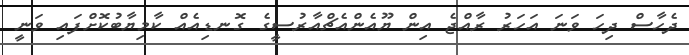
ދެހާސް ދިހަ ވަނަ އަހަރު ރާއްޖެ އިން ޔޫއެންއެޗްއާރުސީގެ ގޮނޑިއެއް ކާމިޔާބުކޮށްފައި ވަނީ